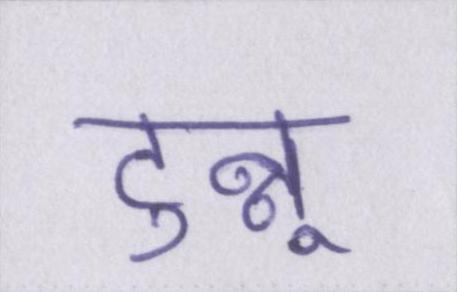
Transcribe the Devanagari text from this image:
टुन्नू